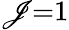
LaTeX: \mathscr{J}{=}1